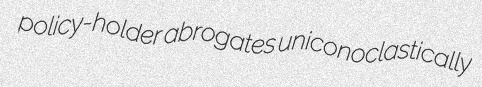
policy-holder abrogates uniconoclastically